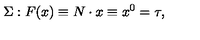
\Sigma : F ( x ) \equiv N \cdot x \equiv x ^ { 0 } = \tau ,